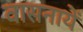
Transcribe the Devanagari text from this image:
वासनायें